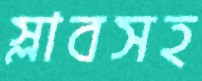
স্লাবসহ